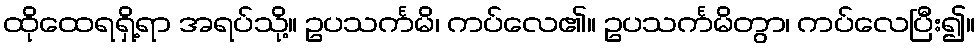
ထိုထေရရှိ့ရာ အရပ်သို့။ ဥပသင်္ကမိ၊ ကပ်လေ၏။ ဥပသင်္ကမိတွာ၊ ကပ်လေပြီး၍။